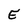
Character: E